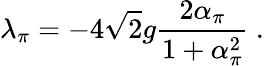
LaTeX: \lambda_{\pi}=-4\sqrt{2}g\frac{2\alpha_{\pi}}{1+\alpha_{\pi}^{2}}\ .